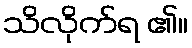
သိလိုက်ရ ၏။